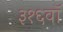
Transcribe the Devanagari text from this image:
३१६वॉ